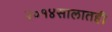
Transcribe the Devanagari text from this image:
२०१४सालातही